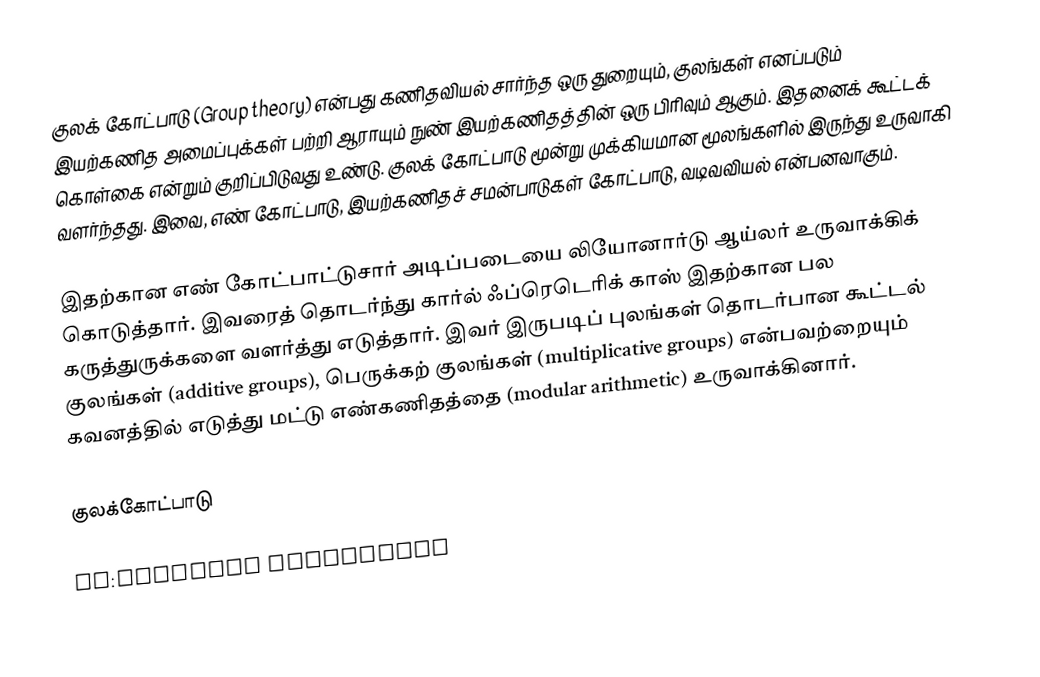
குலக் கோட்பாடு (Group theory) என்பது கணிதவியல் சார்ந்த ஒரு துறையும், குலங்கள் எனப்படும் இயற்கணித அமைப்புக்கள் பற்றி ஆராயும் நுண் இயற்கணிதத்தின் ஒரு பிரிவும் ஆகும். இதனைக் கூட்டக் கொள்கை என்றும் குறிப்பிடுவது உண்டு. குலக் கோட்பாடு மூன்று முக்கியமான மூலங்களில் இருந்து உருவாகி வளர்ந்தது. இவை, எண் கோட்பாடு, இயற்கணிதச் சமன்பாடுகள் கோட்பாடு, வடிவவியல் என்பனவாகும்.

இதற்கான எண் கோட்பாட்டுசார் அடிப்படையை லியோனார்டு ஆய்லர் உருவாக்கிக் கொடுத்தார். இவரைத் தொடர்ந்து கார்ல் ஃப்ரெடெரிக் காஸ் இதற்கான பல கருத்துருக்களை வளர்த்து எடுத்தார். இவர் இருபடிப் புலங்கள் தொடர்பான கூட்டல் குலங்கள் (additive groups), பெருக்கற் குலங்கள் (multiplicative groups) என்பவற்றையும் கவனத்தில் எடுத்து மட்டு எண்கணிதத்தை (modular arithmetic) உருவாக்கினார்.

குலக்கோட்பாடு

ml:ഗ്രൂപ്പ് സിദ്ധാന്തം